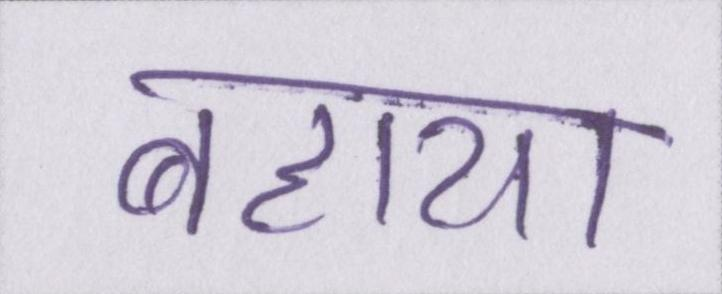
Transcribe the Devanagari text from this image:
बहाया